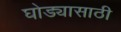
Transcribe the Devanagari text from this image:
घोड्यासाठी